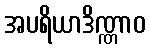
အပရိယာဒိဏ္ဏာဝ